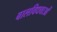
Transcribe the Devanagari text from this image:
बालविधवाओं